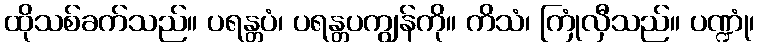
ထိုသစ်ခက်သည်။ ပရန္တပံ၊ ပရန္တပကျွန်ကို။ ကိသံ၊ ကြုံလှီသည်။ ပဏ္ဍုံ၊